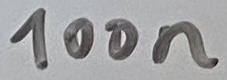
Text: 100n